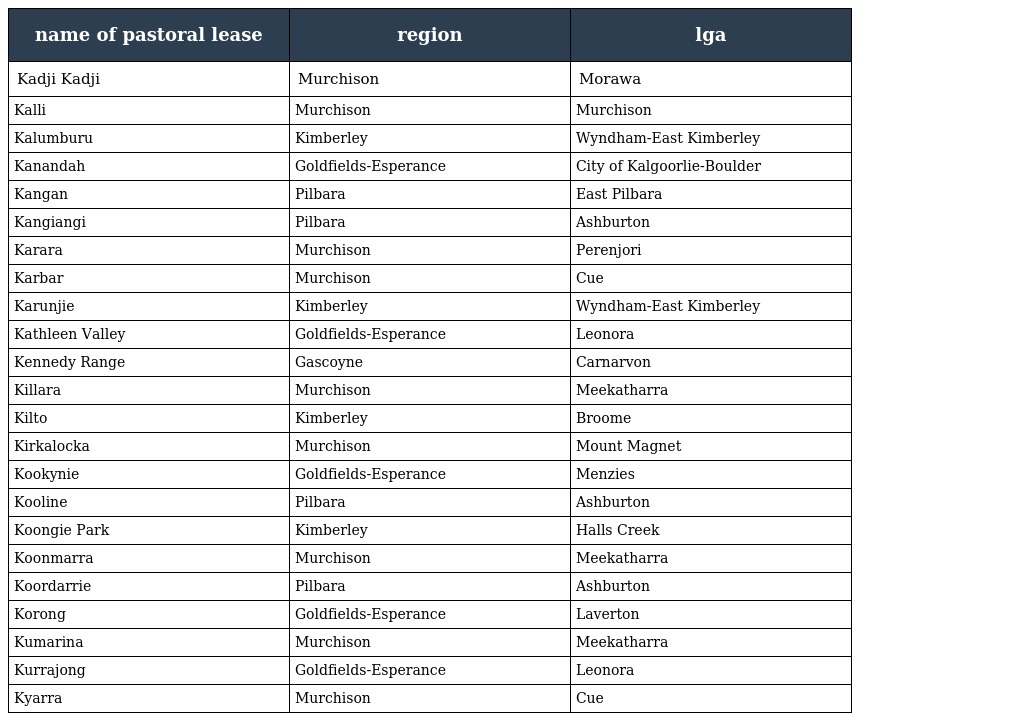
| name of pastoral lease | region | lga |
 | --- | --- | --- |
 | Kadji Kadji | Murchison | Morawa |
 | Kalli | Murchison | Murchison |
 | Kalumburu | Kimberley | Wyndham-East Kimberley |
 | Kanandah | Goldfields-Esperance | City of Kalgoorlie-Boulder |
 | Kangan | Pilbara | East Pilbara |
 | Kangiangi | Pilbara | Ashburton |
 | Karara | Murchison | Perenjori |
 | Karbar | Murchison | Cue |
 | Karunjie | Kimberley | Wyndham-East Kimberley |
 | Kathleen Valley | Goldfields-Esperance | Leonora |
 | Kennedy Range | Gascoyne | Carnarvon |
 | Killara | Murchison | Meekatharra |
 | Kilto | Kimberley | Broome |
 | Kirkalocka | Murchison | Mount Magnet |
 | Kookynie | Goldfields-Esperance | Menzies |
 | Kooline | Pilbara | Ashburton |
 | Koongie Park | Kimberley | Halls Creek |
 | Koonmarra | Murchison | Meekatharra |
 | Koordarrie | Pilbara | Ashburton |
 | Korong | Goldfields-Esperance | Laverton |
 | Kumarina | Murchison | Meekatharra |
 | Kurrajong | Goldfields-Esperance | Leonora |
 | Kyarra | Murchison | Cue |